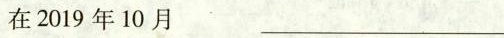
在2019年10月_________